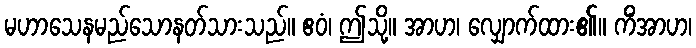
မဟာသေနမည်သောနတ်သားသည်။ ဧဝံ၊ ဤသို့။ အာဟ၊ လျှောက်ထား၏။ ကိံအာဟ၊